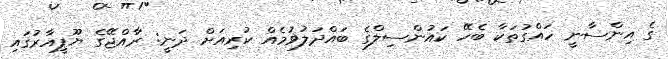
ގެ އިންސާނީ ހައްގުތަކާ ބެހޭ ކައުންސިލްގެ ބައްދަލުވުމެއް ކުރިއަށް ދަނީ: ރާއްޖޭގެ ޔޫޕީއާރުގައި